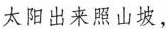
太阳出来照山坡，